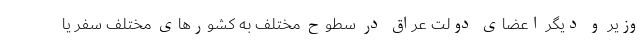
وزیر و دیگر اعضای دولت عراق در سطوح مختلف به کشورهای مختلف سفر یا